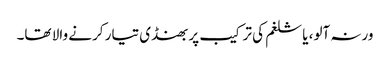
ورنہ آلو، یا شلغم کی ترکیب پر بھنڈی تیار کرنے والا تھا۔